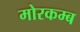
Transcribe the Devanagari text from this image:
मोरकम्ब